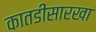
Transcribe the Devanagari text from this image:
कातडीसारखा